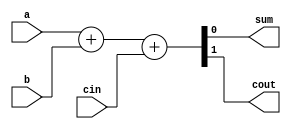
/*
 *
 *	Create Data: 04/01/2022
 *	Function: Device code
 * 
 *	Device: MacBook Air(M1-chip)
 *	Compiler: Icarus Verilog(iverlog)
 *	Waveform: Scansion
 * 
 */

// FullAdder
module FullAdder_1bit(
	input wire a, b, cin,
	output wire sum, cout
	);

	assign {cout, sum} = a + b + cin;
endmodule // FullAdder_1bit_behavior



// Counter
module Counter_4bit (
	input wire clk, rst,
	output reg [3:0] cnt
	);

	parameter max = 4'b1010;					// parameter: improve code legibility
	always @(posedge rst, posedge clk)		// , and or have the same effect
		begin
			if(rst)
				begin
					cnt <= 4'b0000;
				end
			else
				begin
					if(cnt == max)
						begin
							cnt <= 4'b0000;
						end
					else
						begin
							cnt <= cnt + 4'b0001;
						end
				end
		end
endmodule // Counter




/*
 *	Module:
 *		D_latch();
 *  	D_flipflop();		// posedge clk flipflop
 *		D_flipflop_rst();
 *
 */
module D_latch(
	input wire d, clk,
	output reg q
	);

	always @(d, clk)
		if(clk == 1)
			q <= d;		// if clk=1 q capture d
endmodule

module D_flipflop(
	input wire d, clk,
	output reg q
	);
	
	always @(posedge clk) 
		begin
			q <= d; 
		end
endmodule


module D_flipflop_rst(
	input wire d, clk, rst,
	output reg q
	);
/*
    // Synchronized Reset
   	always @(posedge clk)
	    begin
	        if(rst)
	        	q <= 0;
	        else
	        	q <= d;
	    end
*/

	// Asynchronous Reset
    always @(posedge clk, posedge rst)
	    begin
	        if(rst)
	            q <= 0;
	        else
	            q <= d;
	    end    

endmodule